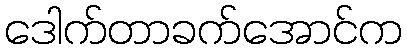
ဒေါက်တာခက်အောင်က